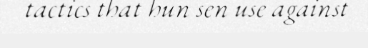
tactics that hun sen use against